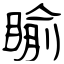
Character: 睮